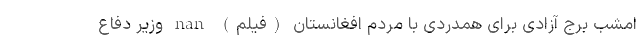
امشب برج آزادی برای همدردی با مردم افغانستان (فیلم) nan وزیر دفاع